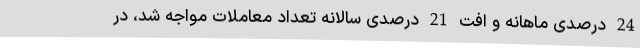
24 درصدی ماهانه و افت 21 درصدی سالانه تعداد معاملات مواجه شد، در